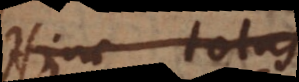
Hinc totus